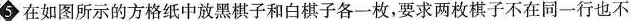
5 在如图所示的方格纸中放黑棋子和白棋子各一枚，要求两枚棋子不在同一行也不